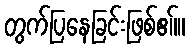
တွက်ပြနေခြင်းဖြစ်ဧ။်။